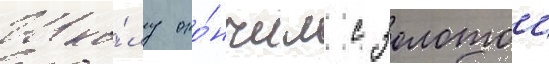
Шко́лу око́нчил с золотои